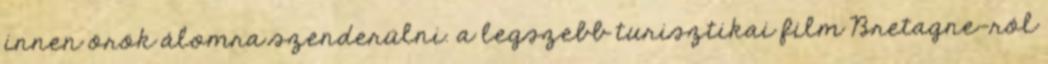
innen örök álomra szenderülni. a legszebb turisztikai film Bretagne-ról